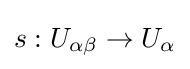
s:U_{\alpha \beta }\to U_{\alpha }